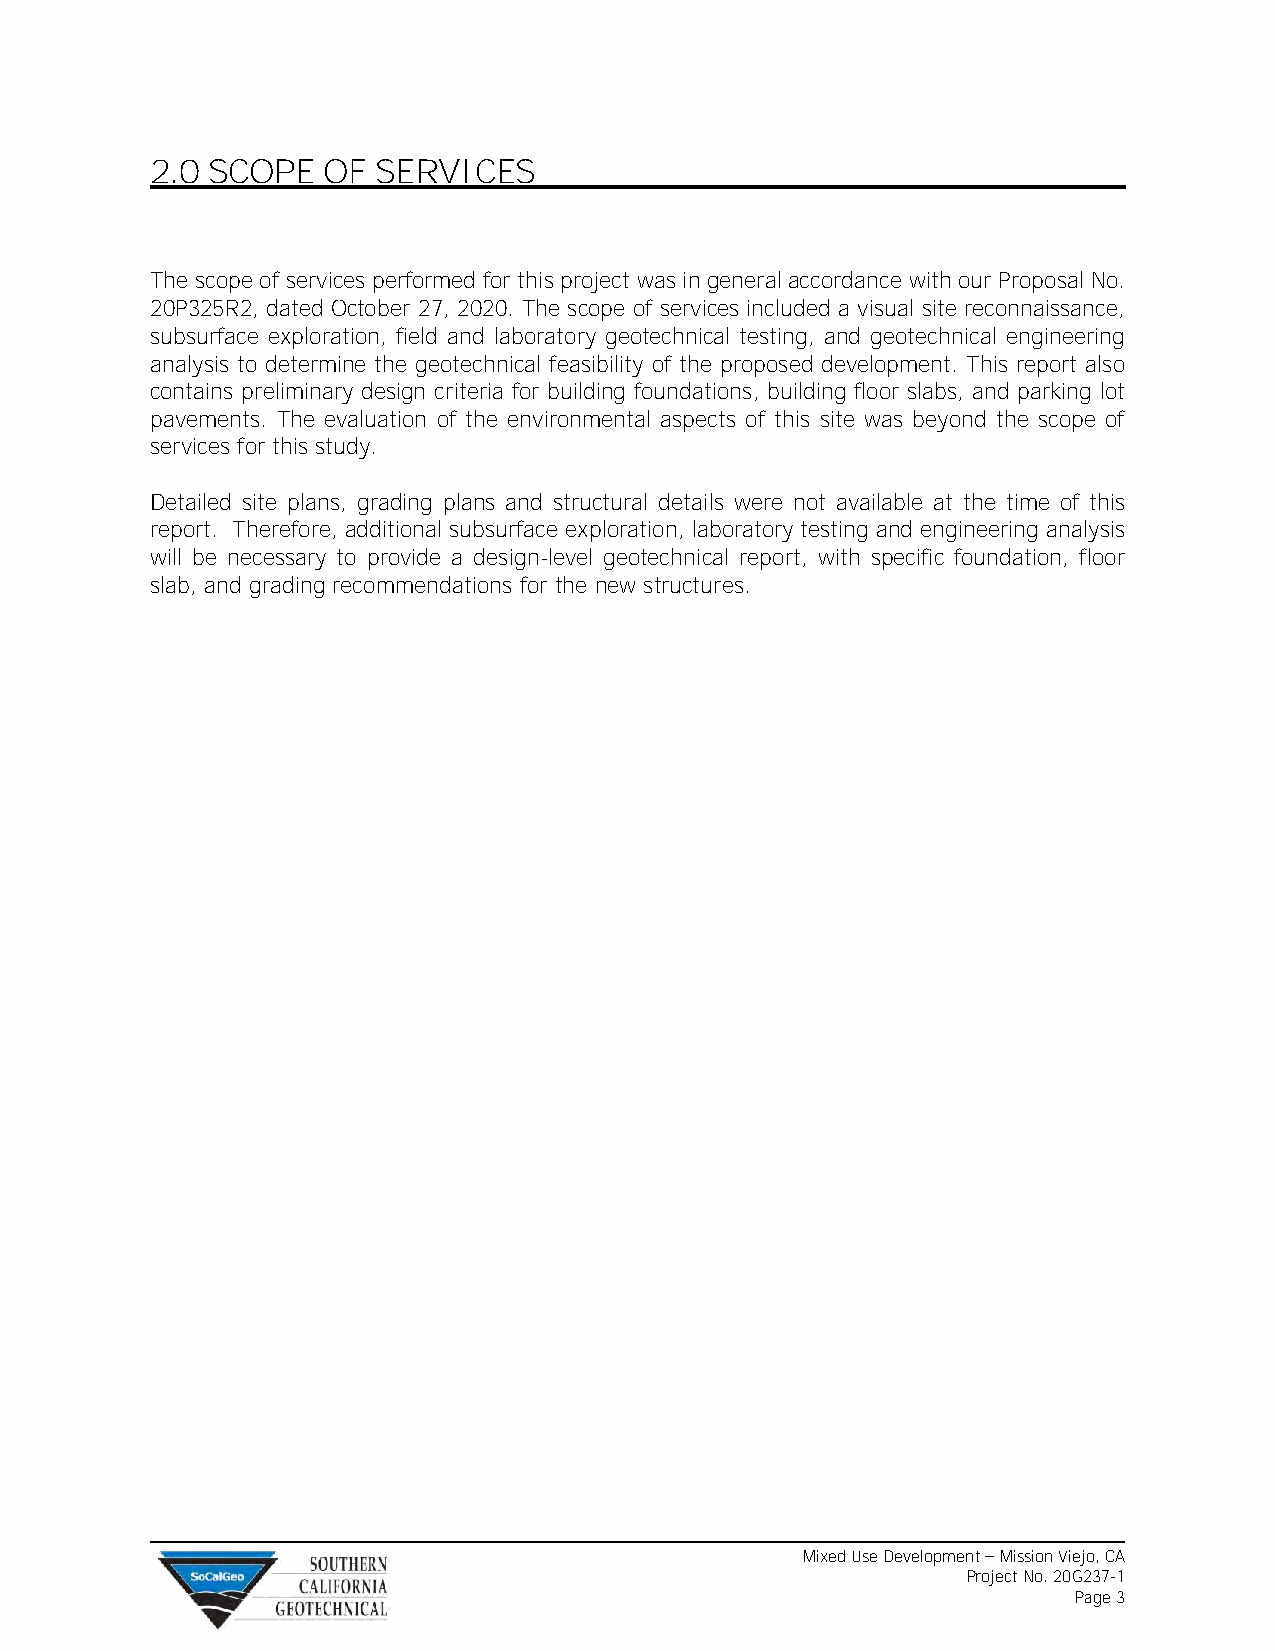
2.0 SCOPE  OF  SERVICES
 The scope of services performed for this project was in general accordance with our Proposal No.
 20P325R2, dated October 27, 2020. The scope of services included a visual site reconnaissance,
 subsurface exploration, field and laboratory geotechnical testing, and geotechnical engineering
 analysis to determine the geotechnical feasibility of the proposed development. This report also
 contains preliminary design criteria for building foundations, building floor slabs, and parking lot
 pavements. The evaluation of the environmental aspects of this site was beyond the scope of
 services for this study.
 Detailed site plans, grading plans and structural details were not available at the time of this
 report. Therefore, additional subsurface exploration, laboratory testing and engineering analysis
 will be necessary to provide a design-level geotechnical report, with specific foundation, floor
 slab, and grading recommendations for the new structures.
 Mixed Use Development – Mission Viejo, CA
 Project No. 20G237-1
 Page 3